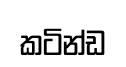
කටින්ඩ